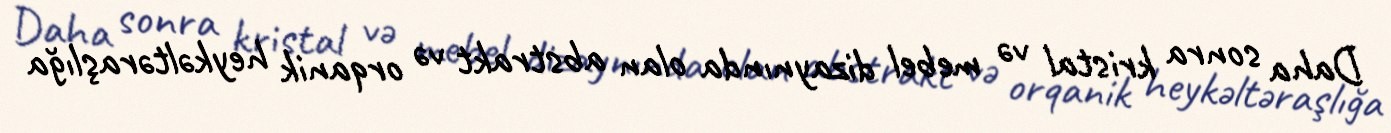
Daha sonra kristal və mebel dizaynında olan abstrakt və orqanik heykəltəraşlığa